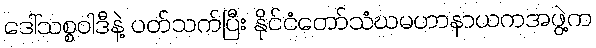
ဒေါ်သစ္စဝါဒီနဲ့ ပတ်သက်ပြီး နိုင်ငံတော်သံဃမဟာနာယကအဖွဲ့က